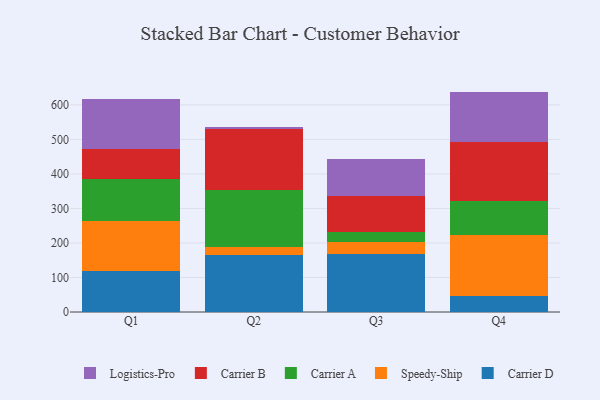
{"axis": {"x": "Quarter", "y": "Population (Million)"}, "legend": ["Carrier A", "Carrier B", "Carrier D", "Logistics-Pro", "Speedy-Ship"], "data": [{"x": "Q1", "y": 119.0, "type": "Carrier D"}, {"x": "Q1", "y": 144.2, "type": "Speedy-Ship"}, {"x": "Q1", "y": 121.6, "type": "Carrier A"}, {"x": "Q1", "y": 86.6, "type": "Carrier B"}, {"x": "Q1", "y": 144.2, "type": "Logistics-Pro"}, {"x": "Q2", "y": 165.2, "type": "Carrier D"}, {"x": "Q2", "y": 22.1, "type": "Speedy-Ship"}, {"x": "Q2", "y": 166.7, "type": "Carrier A"}, {"x": "Q2", "y": 175.3, "type": "Carrier B"}, {"x": "Q2", "y": 5.6, "type": "Logistics-Pro"}, {"x": "Q3", "y": 167.7, "type": "Carrier D"}, {"x": "Q3", "y": 35.4, "type": "Speedy-Ship"}, {"x": "Q3", "y": 29.4, "type": "Carrier A"}, {"x": "Q3", "y": 104.1, "type": "Carrier B"}, {"x": "Q3", "y": 107.3, "type": "Logistics-Pro"}, {"x": "Q4", "y": 47.1, "type": "Carrier D"}, {"x": "Q4", "y": 176.0, "type": "Speedy-Ship"}, {"x": "Q4", "y": 97.9, "type": "Carrier A"}, {"x": "Q4", "y": 171.7, "type": "Carrier B"}, {"x": "Q4", "y": 145.7, "type": "Logistics-Pro"}]}